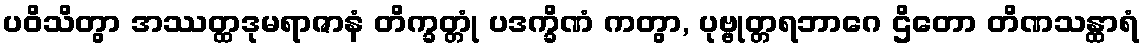
ပဝိသိတွာ အဿတ္ထဒုမရာဇာနံ တိက္ခတ္တုံ ပဒက္ခိဏံ ကတွာ, ပုဗ္ဗုတ္တရဘာဂေ ဌိတော တိဏသန္ထာရံ